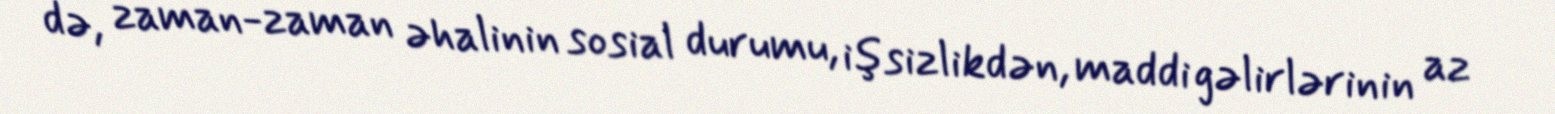
də, zaman-zaman əhalinin sosial durumu, işsizlikdən, maddi gəlirlərinin az